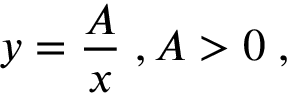
y = { \frac { A } { x } } \; , A > 0 \; ,